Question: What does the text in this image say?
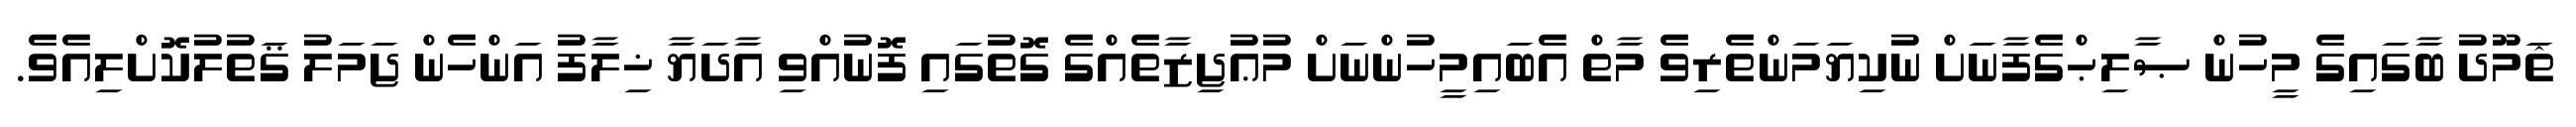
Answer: ޘަމޫދު ބާގައިގެ މީހުން ޞާލިޙްގެފާނަށް ނުކިޔަމަންތެރިވެ މާތް އެބައިމީހުންނަށް މުޢުޖިޒާތެއްގެ ގޮތުގައި ފޮނުއްވި އާދަޔާ ޚިލާފު އަންހެން ޖަމަލު ޤަތުލުކޮށްލިއެވެ.